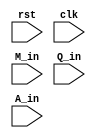
`timescale 1ns / 1ps
//////////////////////////////////////////////////////////////////////////////////
// Assignment no - 6
// Problem no - 3
// Semester - Autumn(2021-2022)
// Group No - 48
// Members - Vinit Raj, Aryan Agarwal
// Company: 
// Engineer: 
// 
// Design Name: 
// Module Name:    booth 
// Project Name: 
// Target Devices: 
// Tool versions: 
// Description: 
//
// Dependencies: 
//
// Revision: 
// Revision 0.01 - File Created
// Additional Comments: 
//
//////////////////////////////////////////////////////////////////////////////////
module booth(
	input rst,
	input clk,
	input  [7:0] M_in,
	input  [7:0] Q_in,
	input  [7:0] A_in
);

reg PS,NS;
reg [7:0] M;
reg [7:0] Q;
reg [7:0] A;
	
	
parameter s0=1'b0, s1=1'b1;

reg [1:0] temp;

always@(posedge clk or posedge rst)
begin
	if(rst)
	begin
		A = A_in;
		M = M_in;
		Q = Q_in;
		PS = s0;
		NS = s0;
	end
	else
	begin
	
		PS=NS;
		temp={Q[0],PS};
		
		case (temp)
		
			2'b01: begin
			A = A + M;
			end
			
			2'b10: begin
			A = A - M ;
			end
			
		endcase
		
		// now do arithmetic right shift of {A,Q_in,Q-1}
		NS = Q[0];
		
		Q[0] = Q[1];
		Q[1] = Q[2];
		Q[2] = Q[3];
		Q[3] = Q[4];
		Q[4] = Q[5];
		Q[5] = Q[6];
		Q[6] = Q[7];
		Q[7] = A[0];
		
		A[0] = A[1];
		A[1] = A[2];
		A[2] = A[3];
		A[3] = A[4];
		A[4] = A[5];
		A[5] = A[6];
		A[6] = A[7];
		
	end
end

always @(*) begin
		$display("time =  %0t, clk = %b, PS = %b,NS = %b, A = %b,Q = %b", $time, clk, PS, NS, A, Q);
	 end

endmodule